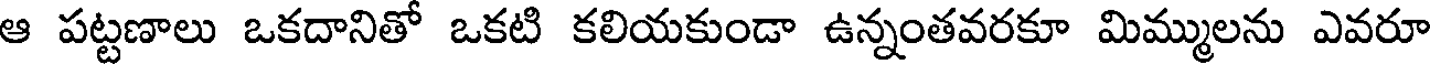
ఆ పట్టణాలు ఒకదానితో ఒకటి కలియకుండా ఉన్నంతవరకూ మిమ్ములను ఎవరూ